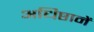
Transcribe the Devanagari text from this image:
अधिष्ठानें